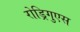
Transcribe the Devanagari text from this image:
रोड्रिगुएस